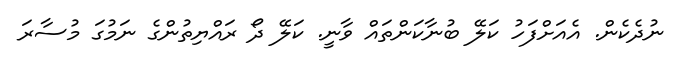
ނުދެކެން. އެއަށްފަހު ކަލޭ ބުނާކަންތައް ވާނީ. ކަލޭ ދޯ ރައްޔިތުންގެ ނަމުގަ މުސާރަ